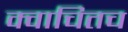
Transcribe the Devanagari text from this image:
क्वाचितच